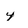
Character: y